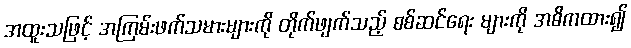
အထူးသဖြင့် အကြမ်းဖက်သမားများကို တိုက်ဖျက်သည့် စစ်ဆင်ရေး များကို အဓိကထား၍